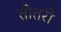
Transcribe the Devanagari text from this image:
तोतरी